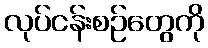
လုပ်ငန်းစဉ်တွေကို